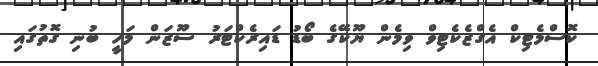
ކޮސްމެޓިކް އެގްޒެކެޓިވް ވިމެން ޔޫކޭގެ ބޯޑު ޑައިރެކްޓަރު ސޫޒަން މަހީ ބުނި ގޮތުގައި